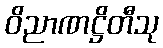
ဝိညာဏဋ္ဌိတီသု